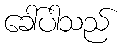
ခေါ်ပါသည်